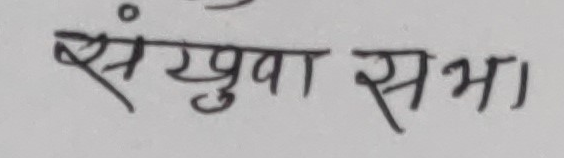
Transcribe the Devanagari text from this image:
संखुवासभा